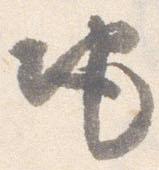
地